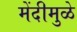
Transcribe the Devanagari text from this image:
मेंदीमुळे